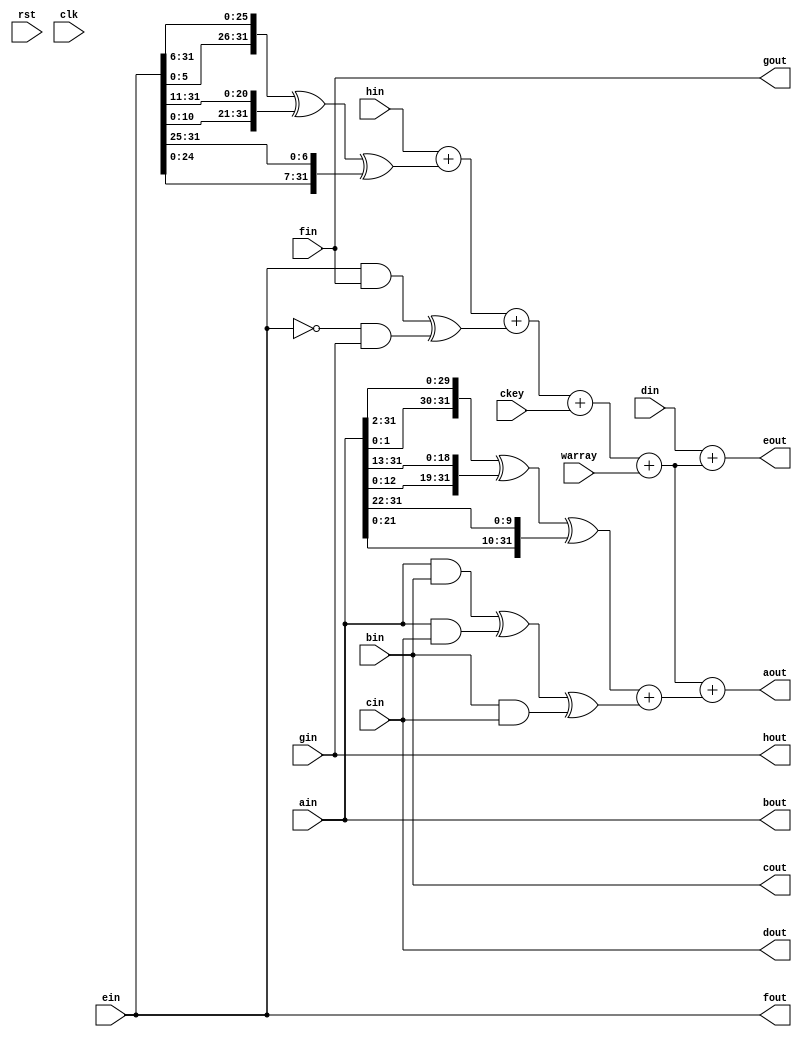
module shacompre (
   input		rst,
   input		clk,
   input [31:0] warray, 
   input [31:0]      ckey,
   input [31:0]       ain,
   input [31:0]       bin,
   input [31:0]       cin,
   input [31:0]       din,
   input [31:0]       ein,
   input [31:0]       fin,
   input [31:0]       gin,
   input [31:0]       hin,
   output [31:0]       aout,
   output [31:0]       bout,
   output [31:0]       cout,
   output [31:0]       dout,
   output [31:0]       eout,
   output [31:0]       fout,
   output [31:0]       gout,
   output [31:0]       hout
   //input  [5:0]		fpnum,


   //input  [11:0]	csr_ldst_thld
);


wire [31:0]s1;
wire  [31:0]ch;
wire [31:0]temp1;
wire [31:0]s0;
wire [31:0]maj;
wire [31:0]temp2;

assign s1 = {ein[5:0],ein[31:6]} ^ {ein[10:0],ein[31:11]}^{ein[24:0],ein[31:25]};
assign ch = (ein & fin )^ ((~ein )&gin);
assign temp1 = hin +s1+ ch+ ckey+warray;
assign s0 = {ain[1:0],ain[31:2]} ^ {ain[12:0],ain[31:13]} ^{ain[21:0],ain[31:22]};
assign maj =(ain & bin) ^ (ain & cin) ^ (bin & cin);
assign temp2 = s0+maj;


assign hout = gin;
assign gout = fin;
assign fout = ein;
assign eout = din +temp1; 
assign dout = cin;
assign cout = bin;
assign bout = ain;
assign aout = temp1+temp2;





endmodule